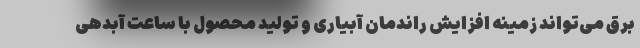
برق می‌تواند زمینه افزایش راندمان آبیاری و تولید محصول با ساعت آبدهی